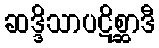
ဆဒ္ဒိသာပဋိစ္ဆာဒီ